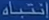
استاندارد